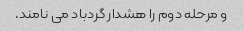
و مرحله دوم را هشدار گردباد می نامند.